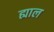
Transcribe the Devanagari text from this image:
ह्याल